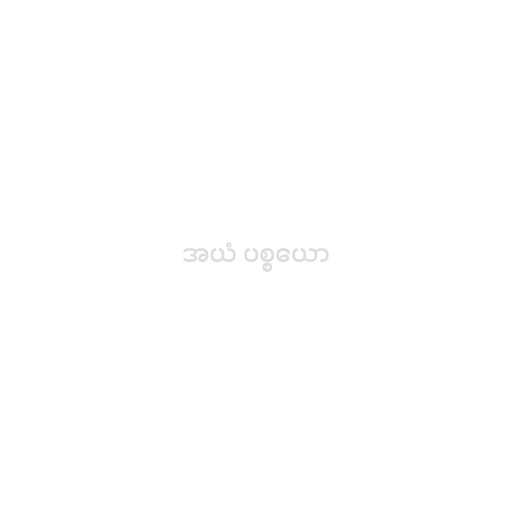
အယံ ပစ္စယော